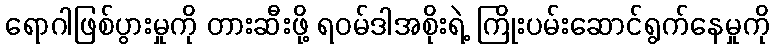
ရောဂါဖြစ်ပွားမှုကို တားဆီးဖို့ ရဝမ်ဒါအစိုးရဲ့ ကြိုးပမ်းဆောင်ရွက်နေမှုကို